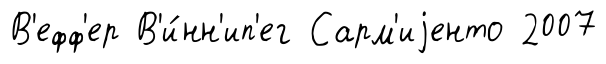
В'ефф'ер В'и́нн'ип'ег Сарм'иjенто 2007